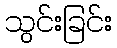
သွင်းခြင်း